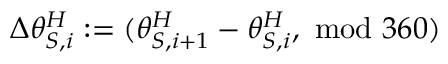
\Delta \theta _ { S , i } ^ { H } : = ( \theta _ { S , i + 1 } ^ { H } - \theta _ { S , i } ^ { H } , \ \mathrm { m o d } \ 3 6 0 )